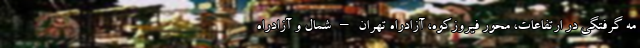
مه گرفتگی در ارتفاعات، محور فیروزکوه، آزادراه تهران – شمال و آزادراه